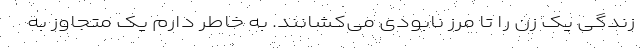
زندگی یک زن را تا مرز نابودی می‌کشانند. به خاطر دارم یک متجاوز به